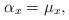
LaTeX: \begin{align*}\alpha_x=\mu_x,\end{align*}